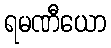
ရမဏီယော